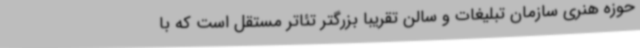
حوزه هنری سازمان تبلیغات و سالن تقریبا بزرگتر تئاتر مستقل است که با